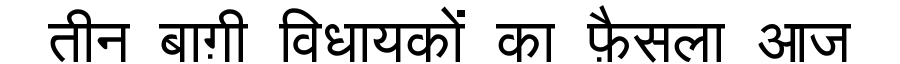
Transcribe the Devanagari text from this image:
तीन बाग़ी विधायकों का फ़ैसला आज